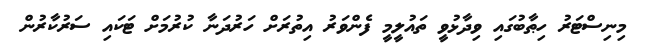
މިނިސްޓަރު ހިޠާބުގައި ވިދާޅުވީ ތައުލީމީ ފެންވަރު އިތުރަށް ހަރުދަނާ ކުރުމަށް ޓަކައި ސަރުކާރުން